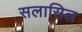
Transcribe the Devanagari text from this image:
सलासिल